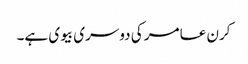
کرن عامر کی دوسری بیوی ہے۔